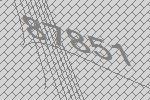
87851